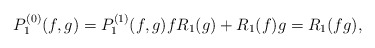
\begin{align*}P^{(0)}_1(f,g) = P^{(1)}_1(f,g) fR_1(g) + R_1(f)g = R_1(fg) ,\end{align*}